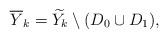
LaTeX: \begin{align*}\overline{Y}_k=\widetilde{Y_k} \setminus (D_0 \cup D_1), \end{align*}